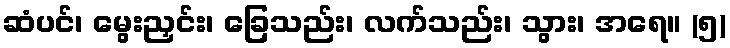
ဆံပင်၊ မွေးညှင်း၊ ခြေသည်း၊ လက်သည်း၊ သွား၊ အရေ။ (၅)